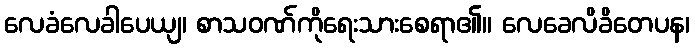
လေခံလေခါပေယျ၊ စာသဝဏ်ကိုရေးသားစေရာ၏။ လေခေလိခိတေပန၊